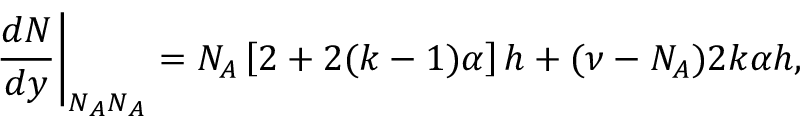
\left. \frac { d N } { d y } \right| _ { N _ { A } N _ { A } } = N _ { A } \left[ 2 + 2 ( k - 1 ) \alpha \right] h + ( \nu - N _ { A } ) 2 k \alpha h ,